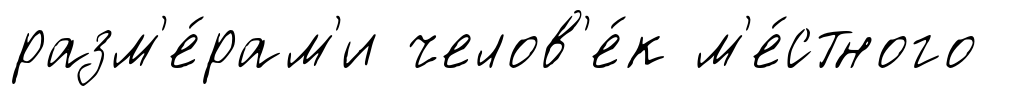
разм'е́рам'и челов'е́к м'е́стного